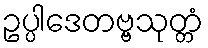
ဥပ္ပါဒေတဗ္ဗသုတ္တံ